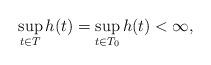
LaTeX: \begin{align*} \sup_{t \in T}h(t) = \sup_{t \in T_0}h(t) < \infty, \end{align*}